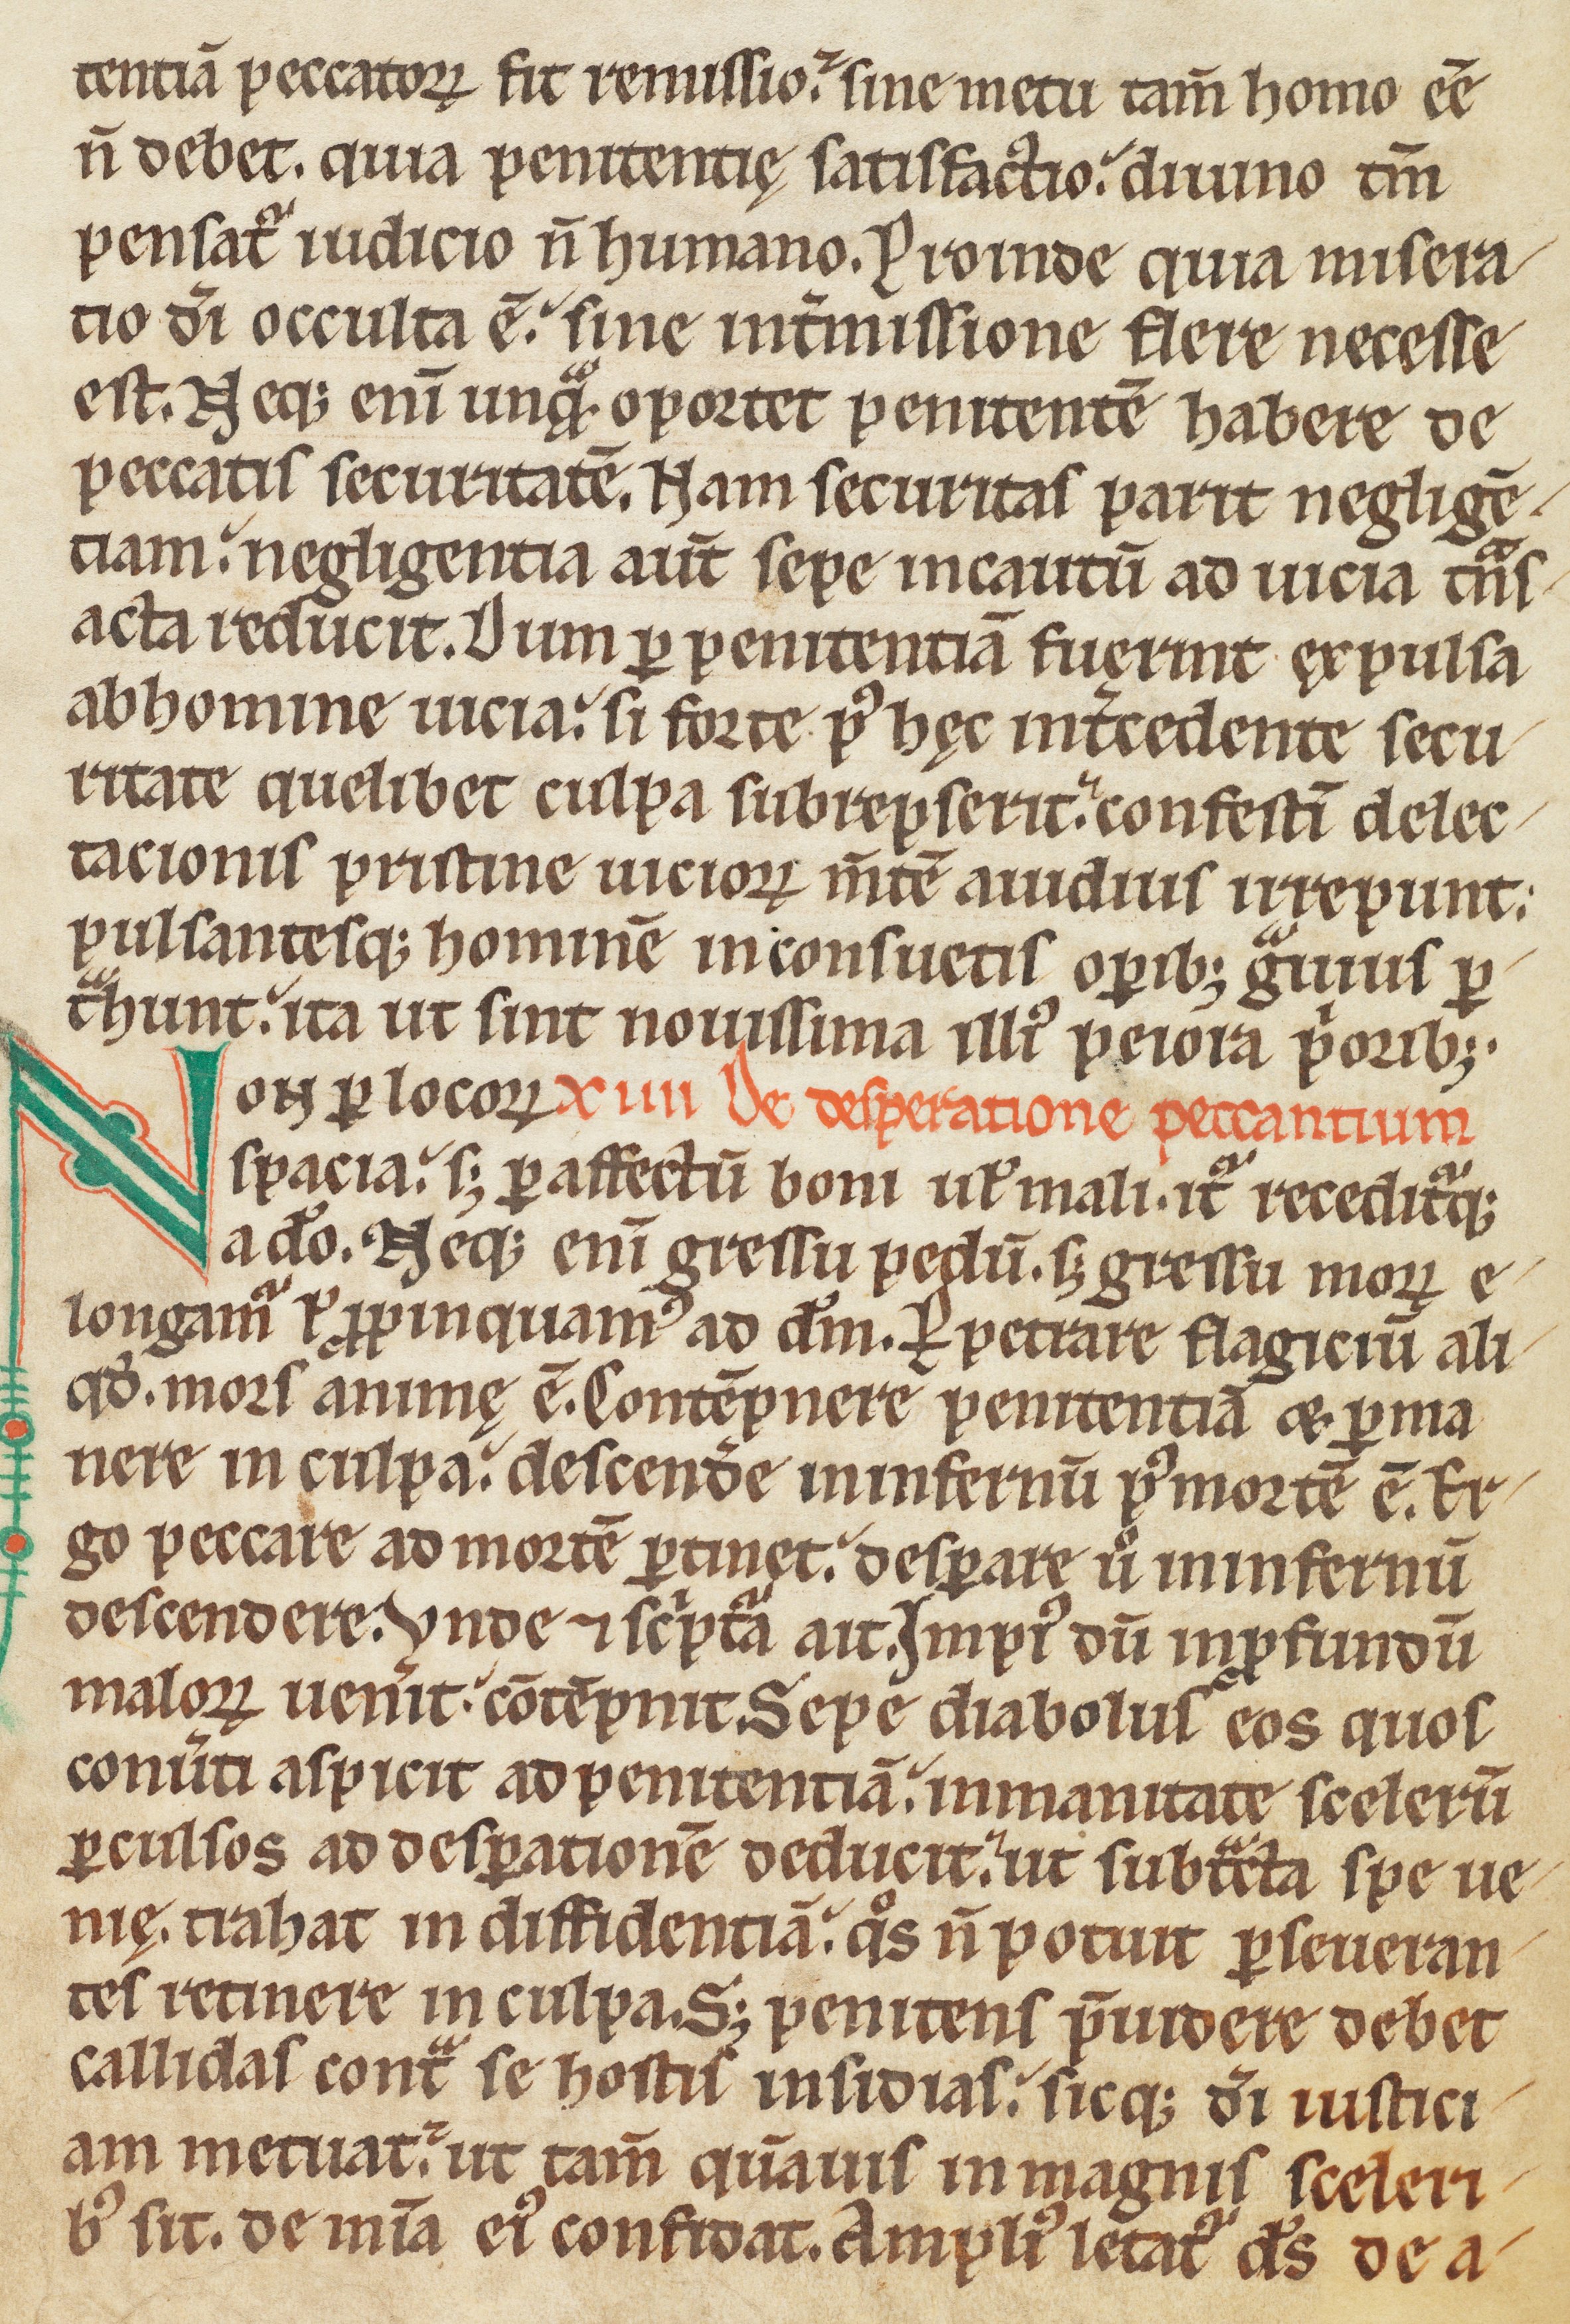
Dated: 1170–1199